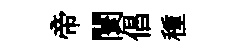
帝闤倡種